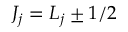
J _ { j } = L _ { j } \pm 1 / 2